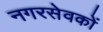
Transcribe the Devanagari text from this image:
नगरसेवकों